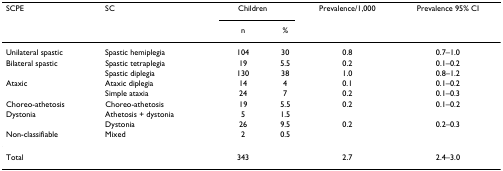
| SCPE | SC | Children |  | Prevalence/1,000 | Prevalence 95% CI |
 |  |  | n | % |  |  |
 | --- | --- | --- | --- | --- | --- |
 | Unilateral spastic | Spastic hemiplegia | 104 | 30 | 0.8 | 0.7–1.0 |
 | Bilateral spastic | Spastic tetraplegia | 19 | 5.5 | 0.2 | 0.1–0.2 |
 |  | Spastic diplegia | 130 | 38 | 1.0 | 0.8–1.2 |
 | Ataxic | Ataxic diplegia | 14 | 4 | 0.1 | 0.1–0.2 |
 |  | Simple ataxia | 24 | 7 | 0.2 | 0.1–0.3 |
 | Choreo-athetosis | Choreo-athetosis | 19 | 5.5 | 0.2 | 0.1–0.2 |
 | Dystonia | Athetosis + dystonia | 5 | 1.5 |  |  |
 |  | Dystonia | 26 | 9.5 | 0.2 | 0.2–0.3 |
 | Non-classifiable | Mixed | 2 | 0.5 |  |  |
 | Total |  | 343 |  | 2.7 | 2.4–3.0 |